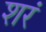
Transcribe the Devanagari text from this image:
शरं